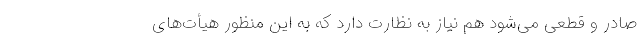
صادر و قطعی می‌شود هم نیاز به نظارت دارد که به این منظور هیأت‌های